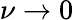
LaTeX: \nu\to 0